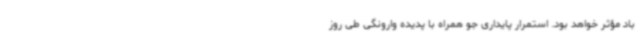
باد مؤثر خواهد بود. استمرار پایداری جو همراه با پدیده وارونگی طی روز